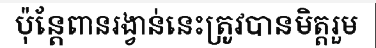
ប៉ុន្តែពានរង្វាន់នេះត្រូវបានមិត្តរួម